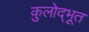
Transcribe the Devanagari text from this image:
कुलोद्‌भूत